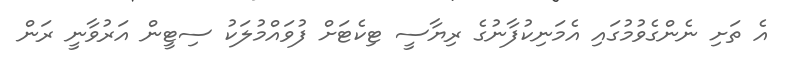
އެ ތަށި ނެންގެވުމުގައި އެމަނިކުފާނުގެ ރިޔާސީ ޓިކެޓަށް ފުވައްމުލަކު ސިޓީން އަރުވާނީ ރަން